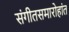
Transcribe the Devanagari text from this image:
संगीतसमारोहांत